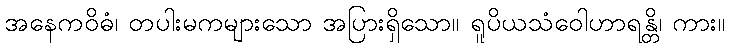
အနေကဝိဓံ၊ တပါးမကများသော အပြားရှိသော။ ရူပိယသံဝေါဟာရန္တိ၊ ကား။